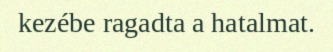
kezébe ragadta a hatalmat.